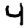
Digit: 4